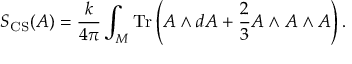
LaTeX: S _ { \mathrm { C S } } ( A ) = { \frac { k } { 4 \pi } } \int _ { \cal M } \mathrm { T r } \left( A \wedge d A + { \frac { 2 } { 3 } } A \wedge A \wedge A \right) .